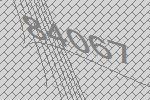
84067